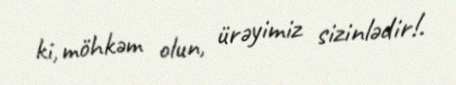
ki, möhkəm olun, ürəyimiz sizinlədir!.